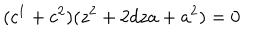
LaTeX: ( c ^ { 1 } + c ^ { 2 } ) ( z ^ { 2 } + 2 d z a + a ^ { 2 } ) = 0